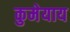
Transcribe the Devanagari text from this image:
कुमेयाय